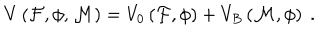
V \left( { \cal F } , { \cal \phi } , { \cal M } \right) = V _ { 0 } \left( { \cal F } , { \cal \phi } \right) + V _ { B } \left( { \cal M } , { \cal \phi } \right) \ .